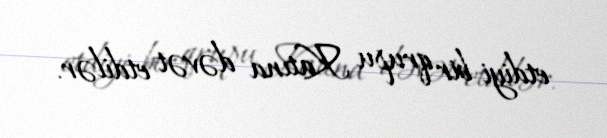
etdiyi bir qrupu Katına dəvət etdilər.